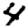
Digit: 4